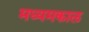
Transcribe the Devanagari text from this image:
मध्यमकाल